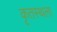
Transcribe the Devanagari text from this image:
कृतस्थला